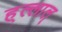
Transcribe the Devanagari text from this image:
ह्ल्लाल्